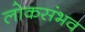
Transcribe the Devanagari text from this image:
लोकसंभव